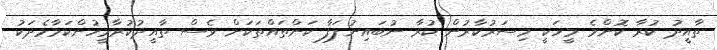
ތާއީދު ކުރާ ކޮންމެ މީހަކީ މިސަރުކާރުން ކުރާ ނުބައިނުލަފާ ކަންތައްތަކަށް ވެސް ތާއީދުކުރާމީހުންކަމާމެދަކު